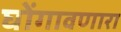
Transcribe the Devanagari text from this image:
घोंगावणारा